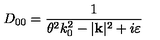
D _ { 0 0 } = \frac { 1 } { \theta ^ { 2 } k _ { 0 } ^ { 2 } - | \mathbf { k } | ^ { 2 } + i \varepsilon }